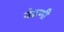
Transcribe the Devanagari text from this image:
वेढणी